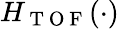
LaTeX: H_{\mathrm{~T~O~F~}}(\cdot)